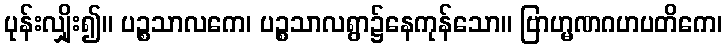
ပုန်းလျှိုး၍။ ပဉ္စသာလကေ၊ ပဉ္စသာလရွာ၌နေကုန်သော။ ဗြာဟ္မဏဂဟပတိကေ၊